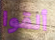
ألقوا